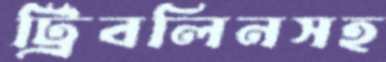
ট্রিবলিনসহ